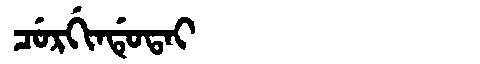
Manchu: ᠴᡠᡵᡤᡳᠨᡩᡠᡨᠠᡳ
Romanization: CURGINDUTAI